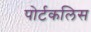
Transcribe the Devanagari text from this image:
पोर्टकलिस